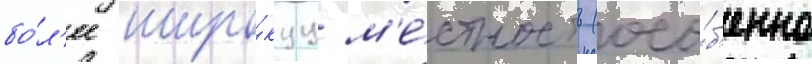
бо́л'ее широ́куу м'е́стность (осо́б'енно